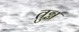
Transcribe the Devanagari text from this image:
तुग्न